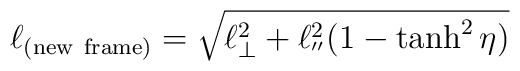
\ell_{(\rm new \ frame)}=\sqrt{\ell^2_\bot+\ell^2_{''}(1-\tanh^2\eta) }